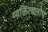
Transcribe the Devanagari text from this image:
व्यक्तित्वलोप